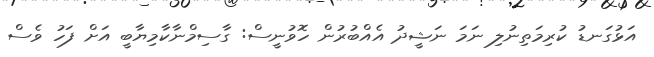
އަޅުގަނޑު ކުރިމަތިނުލި ނަމަ ނަޝީދު އެއްބުރުން ހޮވުނީސް: ގާސިމްނާކާމިޔާބީ އަށް ފަހު ވެސް